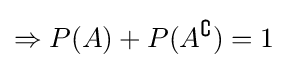
\Rightarrow P(A)+P(A^{\complement })=1